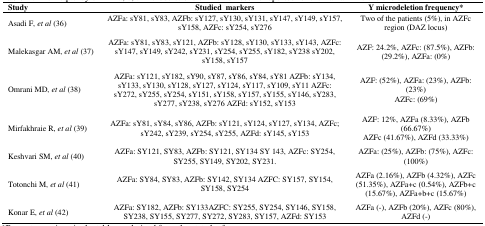
<table><thead><tr><td><b>Study</b></td><td><b>Studied markers</b></td><td><b>Y microdeletion frequency*</b></td></tr></thead><tbody><tr><td>Asadi F, <i>et al</i> (36)</td><td>AZFa: sY81, sY83, AZFb: sY127, sY130, sY131, sY147, sY149, sY157, sY158, AZFc: sY254, sY276</td><td>Two of the patients (5%), in AZFc region (DAZ locus)</td></tr><tr><td>Malekasgar AM, <i>et al </i>(37)</td><td>AZFa: sY81, sY83, sY121, AZFb: sY128, sY130, sY133, sY143, AZFc: sY147, sY149, sY242, sY231, sY254, sY255, sY182, sY238 sY202, sY158, sY157</td><td>AZF: 24.2%, AZFc: (87.5%), AZFb: (29.2%), AZFa: (0%)</td></tr><tr><td>Omrani MD, <i>et al </i>(38)</td><td>AZFa: sY121, sY182, sY90, sY87, sY86, sY84, sY81 AZFb: sY134, sY133, sY130, sY128, sY127, sY124, sY117, sY109, sY11 AZFc: sY272, sY255, sY254, sY151, sY158, sY157, sY155, sY146, sY283, sY277, sY238, sY276 AZFd: sY152, sY153</td><td>AZF: (52%), AZFa: (23%), AZFb: (23%)AZFc: (69%)</td></tr><tr><td>Mirfakhraie R, <i>et al </i>(39)</td><td>AZFa: sY81, sY84, sY86, AZFb: sY121, sY124, sY127, sY134, AZFc; sY242, sY239, sY254, sY255, AZFd: sY145, sY153</td><td>AZF: 12%, AZFa (8.33%), AZFb (66.67%)AZFc (41.67%), AZFd (33.33%)</td></tr><tr><td>Keshvari SM, <i>et al </i>(40)</td><td>AZFa: SY121, SY83, AZFb: SY121, SY134 SY 143, AZFc: SY254, SY255, SY149, SY202, SY231.</td><td>AZFa: (25%), AZFb: (75%), AZFc: (100%)</td></tr><tr><td>Totonchi M, <i>et al </i>(41)</td><td>AZFa: SY84, SY83, AZFb: SY142, SY134 AZFC: SY157, SY154, SY158, SY254</td><td>AZFa (2.16%), AZFb (4.32%), AZFc (51.35%), AZFa+c (0.54%), AZFb+c (15.67%), AZFa+b+c (15.67%)</td></tr><tr><td>Konar E, <i>et al </i>(42)</td><td>AZFa: SY182, AZFb: SY133AZFC: SY255, SY254, SY146, SY158, SY238, SY155, SY277, SY272, SY283, SY157, AZFd: SY153</td><td>AZFa (-), AZFb (20%), AZFc (80%), AZFd (-)</td></tr></tbody></table>